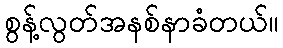
စွန့်လွတ်အနစ်နာခံတယ်။